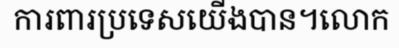
ការពារប្រទេសយើងបាន។លោក